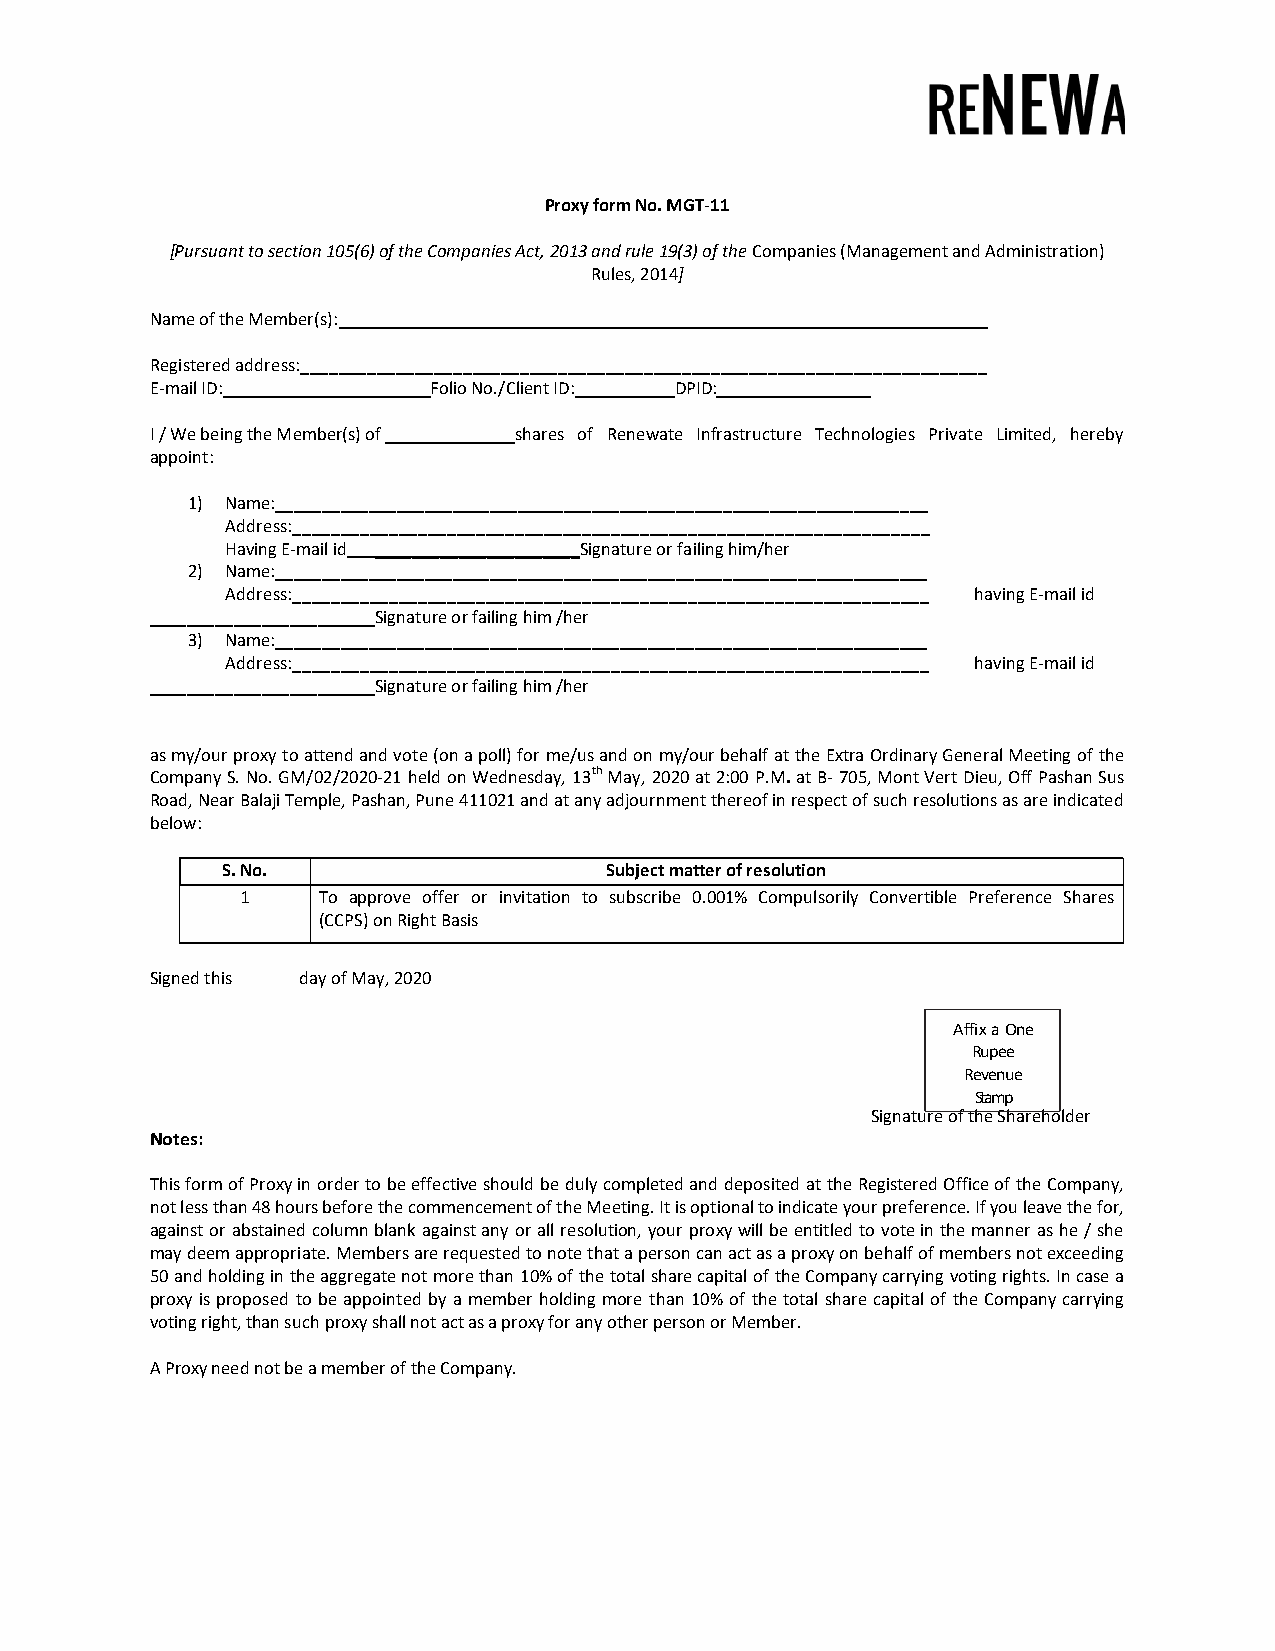
Proxy form No. MGT-11
 [Pursuant to section 105(6) of the Companies Act, 2013 and rule 19(3) of the Companies (Management and Administration)
 Rules, 2014]
 Name of the Member(s): _____________________________________________________________________
 Registered address:________________________________________________________________________
 E-mail ID: ______________________Folio No./Client ID: ________DPID: ________________
 I / We being the Member(s) of _______shares of Renewate Infrastructure Technologies Private Limited, hereby
 appoint:
 1) Name:______________________________________________________________________
 Address:__________________________________________________________________
 Having E-mail id ______________________Signature or failing him/her
 2) Name:______________________________________________________________________
 Address:__________________________________________________________________ having E-mail id
 _____________________ Signature or failing him /her
 3) Name:______________________________________________________________________
 Address:__________________________________________________________________ having E-mail id
 _____________________ Signature or failing him /her
 as my/our proxy to attend and vote (on a poll) for me/us and on my/our behalf at the Extra Ordinary General Meeting of the
 Company S. No. GM/02/2020-21 held on Wednesday, 13th May, 2020 at 2:00 P.M. at B- 705, Mont Vert Dieu, Off Pashan Sus
 Road, Near Balaji Temple, Pashan, Pune 411021 and at any adjournment thereof in respect of such resolutions as are indicated
 below:
 S. No.                   Subject matter of resolution
 1    To approve offer or invitation to subscribe 0.001% Compulsorily Convertible Preference Shares
 (CCPS) on Right Basis
 Signed this day of May, 2020
 Affix a One
 Rupee
 Revenue
 Stamp
 Signature of the Shareholder
 Notes:
 This form of Proxy in order to be effective should be duly completed and deposited at the Registered Office of the Company,
 not less than 48 hours before the commencement of the Meeting. It is optional to indicate your preference. If you leave the for,
 against or abstained column blank against any or all resolution, your proxy will be entitled to vote in the manner as he / she
 may deem appropriate. Members are requested to note that a person can act as a proxy on behalf of members not exceeding
 50 and holding in the aggregate not more than 10% of the total share capital of the Company carrying voting rights. In case a
 70
 proxy is proposed to be appointed by a member holding more than 10% of the total share capital of the Company carrying
 voting right, than such proxy shall not act as a proxy for any other person or Member.
 A Proxy need not be a member of the Company.